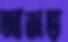
আজভ